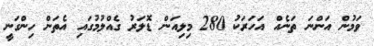
ވަމުން އަންނަ ތަނެއް އަހަރަކު 280 މިލިއަން ޑޮލަރު ގެއްލުމުގައި އެތަން ހިންގަނީ